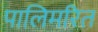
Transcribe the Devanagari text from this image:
पालिमरित